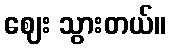
ဈေး သွားတယ်။